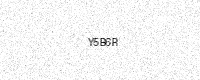
Text: Y5B6R